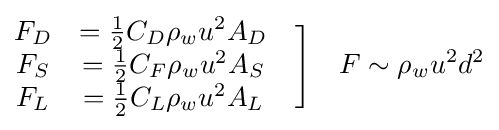
{\begin{matrix}F_{D}&={\frac {1}{2}}C_{D}\rho _{w}u^{2}A_{D}\\F_{S}&={\frac {1}{2}}C_{F}\rho _{w}u^{2}A_{S}\\F_{L}&={\frac {1}{2}}C_{L}\rho _{w}u^{2}A_{L}\end{matrix}}\quad {\Biggr ]}\quad F\sim \rho _{w}u^{2}d^{2}